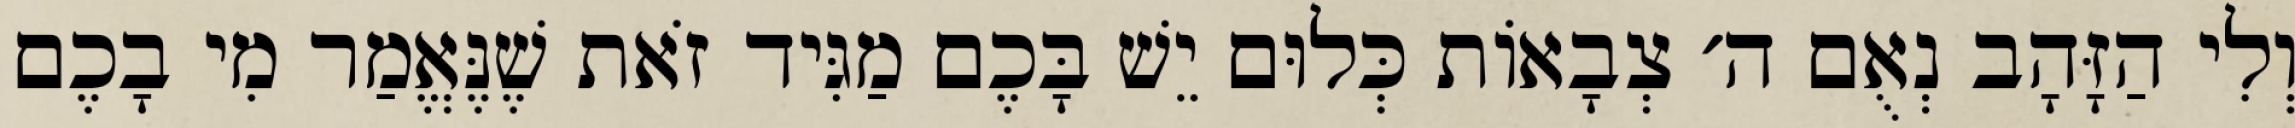
וְלִי הַזָּהָב נְאֻם ה׳ צְבָאוֹת כְּלוּם יֵשׁ בָּכֶם מַגִּיד זֹאת שֶׁנֶּאֱמַר מִי בָכֶם